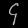
Digit: ၄